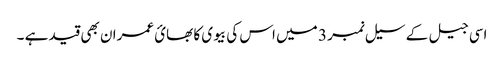
اسی جیل کے سیل نمبر 3 میں اس کی بیوی کا بھائ عمران بھی قید ہے ۔